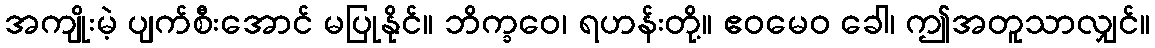
အကျိုးမဲ့ ပျက်စီးအောင် မပြုနိုင်။ ဘိက္ခဝေ၊ ရဟန်းတို့။ ဧဝမေဝ ခေါ၊ ဤအတူသာလျှင်။